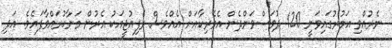
ނެރުއްވި އަމުރުގައިވަނީ 120 ދުވަސްވަންދެން އެމެރިކާއަށް އެއްވެސް ރެފިއުޖީއަކު އެރުން މަނާކުރައްވާފައެވެ. އަދި